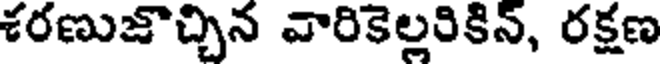
శరణుజొచ్చిన వారికెల్లరికిన్, రక్షణ